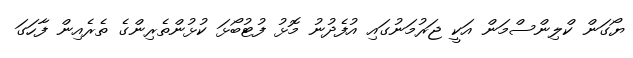
ޔޯގަން ކްލިންސްމަން އަކީ ޖަރުމަނުގައި އުފެދުނު މޮޅު ފުޓުބޯޅަ ކުޅުންތެރިންގެ ތެރެއިން ފާހަގަ